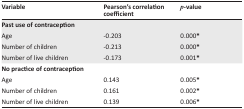
<table><thead><tr><td><b>Variable</b></td><td><b>Pearson&#x27;s correlation coefficient</b></td><td><b><i>p</i>-value</b></td></tr></thead><tbody><tr><td><b>Past use of contraception</b></td><td></td><td></td></tr><tr><td>Age</td><td>-0.203</td><td>0.000*</td></tr><tr><td>Number of children</td><td>-0.213</td><td>0.000*</td></tr><tr><td>Number of live children</td><td>-0.173</td><td>0.001*</td></tr><tr><td><b>No practice of contraception</b></td><td></td><td></td></tr><tr><td>Age</td><td>0.143</td><td>0.005*</td></tr><tr><td>Number of children</td><td>0.161</td><td>0.002*</td></tr><tr><td>Number of live children</td><td>0.139</td><td>0.006*</td></tr></tbody></table>